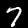
Label: 7